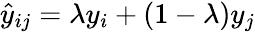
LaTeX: \hat{y}_{ij}=\lambda y_{i}+(1-\lambda)y_{j}